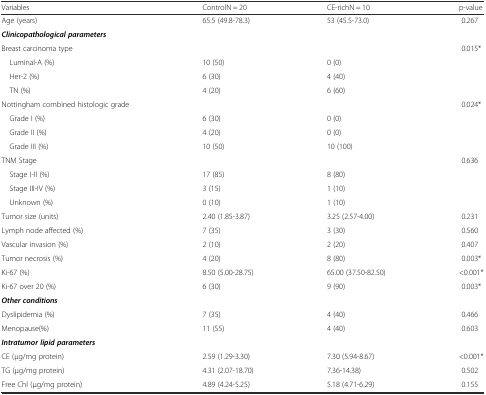
| Variables | ControlN = 20 | CE-richN = 10 | p-value |
 | --- | --- | --- | --- |
 | Age (years) | 65.5 (49.8-78.3) | 53 (45.5-73.0) | 0.267 |
 | Clinicopathological parameters |  |  |  |
 | Breast carcinoma type |  |  | 0.015* |
 | Luminal-A (%) | 10 (50) | 0 (0) |  |
 | Her-2 (%) | 6 (30) | 4 (40) |  |
 | TN (%) | 4 (20) | 6 (60) |  |
 | Nottingham combined histologic grade |  |  | 0.024* |
 | Grade I (%) | 6 (30) | 0 (0) |  |
 | Grade II (%) | 4 (20) | 0 (0) |  |
 | Grade III (%) | 10 (50) | 10 (100) |  |
 | TNM Stage |  |  | 0.636 |
 | Stage I-II (%) | 17 (85) | 8 (80) |  |
 | Stage III-IV (%) | 3 (15) | 1 (10) |  |
 | Unknown (%) | 0 (10) | 1 (10) |  |
 | Tumor size (units) | 2.40 (1.85-3.87) | 3.25 (2.57-4.00) | 0.231 |
 | Lymph node affected (%) | 7 (35) | 3 (30) | 0.560 |
 | Vascular invasion (%) | 2 (10) | 2 (20) | 0.407 |
 | Tumor necrosis (%) | 4 (20) | 8 (80) | 0.003* |
 | Ki-67 (%) | 8.50 (5.00-28.75) | 65.00 (37.50-82.50) | <0.001* |
 | Ki-67 over 20 (%) | 6 (30) | 9 (90) | 0.003* |
 | Other conditions |  |  |  |
 | Dyslipidemia (%) | 7 (35) | 4 (40) | 0.466 |
 | Menopause(%) | 11 (55) | 4 (40) | 0.603 |
 | Intratumor lipid parameters |  |  |  |
 | CE (μg/mg protein) | 2.59 (1.29-3.30) | 7.30 (5.94-8.67) | <0.001* |
 | TG (μg/mg protein) | 4.31 (2.07-18.70) | 7.36-14.38) | 0.502 |
 | Free Chl (μg/mg protein) | 4.89 (4.24-5.25) | 5.18 (4.71-6.29) | 0.155 |